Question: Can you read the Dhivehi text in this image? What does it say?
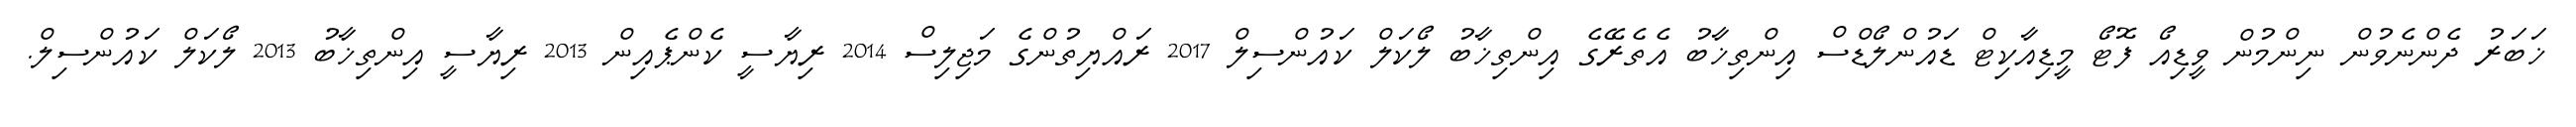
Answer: ޚަބަރު ދެންނެވުން ނިންމުން ވީޑިއޯ ފޮޓޯ މީޑިއާކިޓް ޑައުންލޯޑްސް އިންތިޚާބު އެތެރޭގެ އިންތިޚާބު ލޯކަލް ކައުންސިލް 2017 ރައްޔިތުންގެ މަޖިލިސް 2014 ރިޔާސީ ކެންޕެއިން 2013 ރިޔާސީ އިންތިޚާބު 2013 ލޯކަލް ކައުންސިލް.